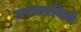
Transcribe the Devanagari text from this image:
उपचारविधी